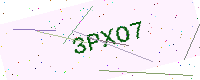
Text: 3PXO7